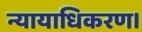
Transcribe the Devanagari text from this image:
न्यायाधिकरण।